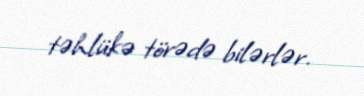
təhlükə törədə bilərlər.